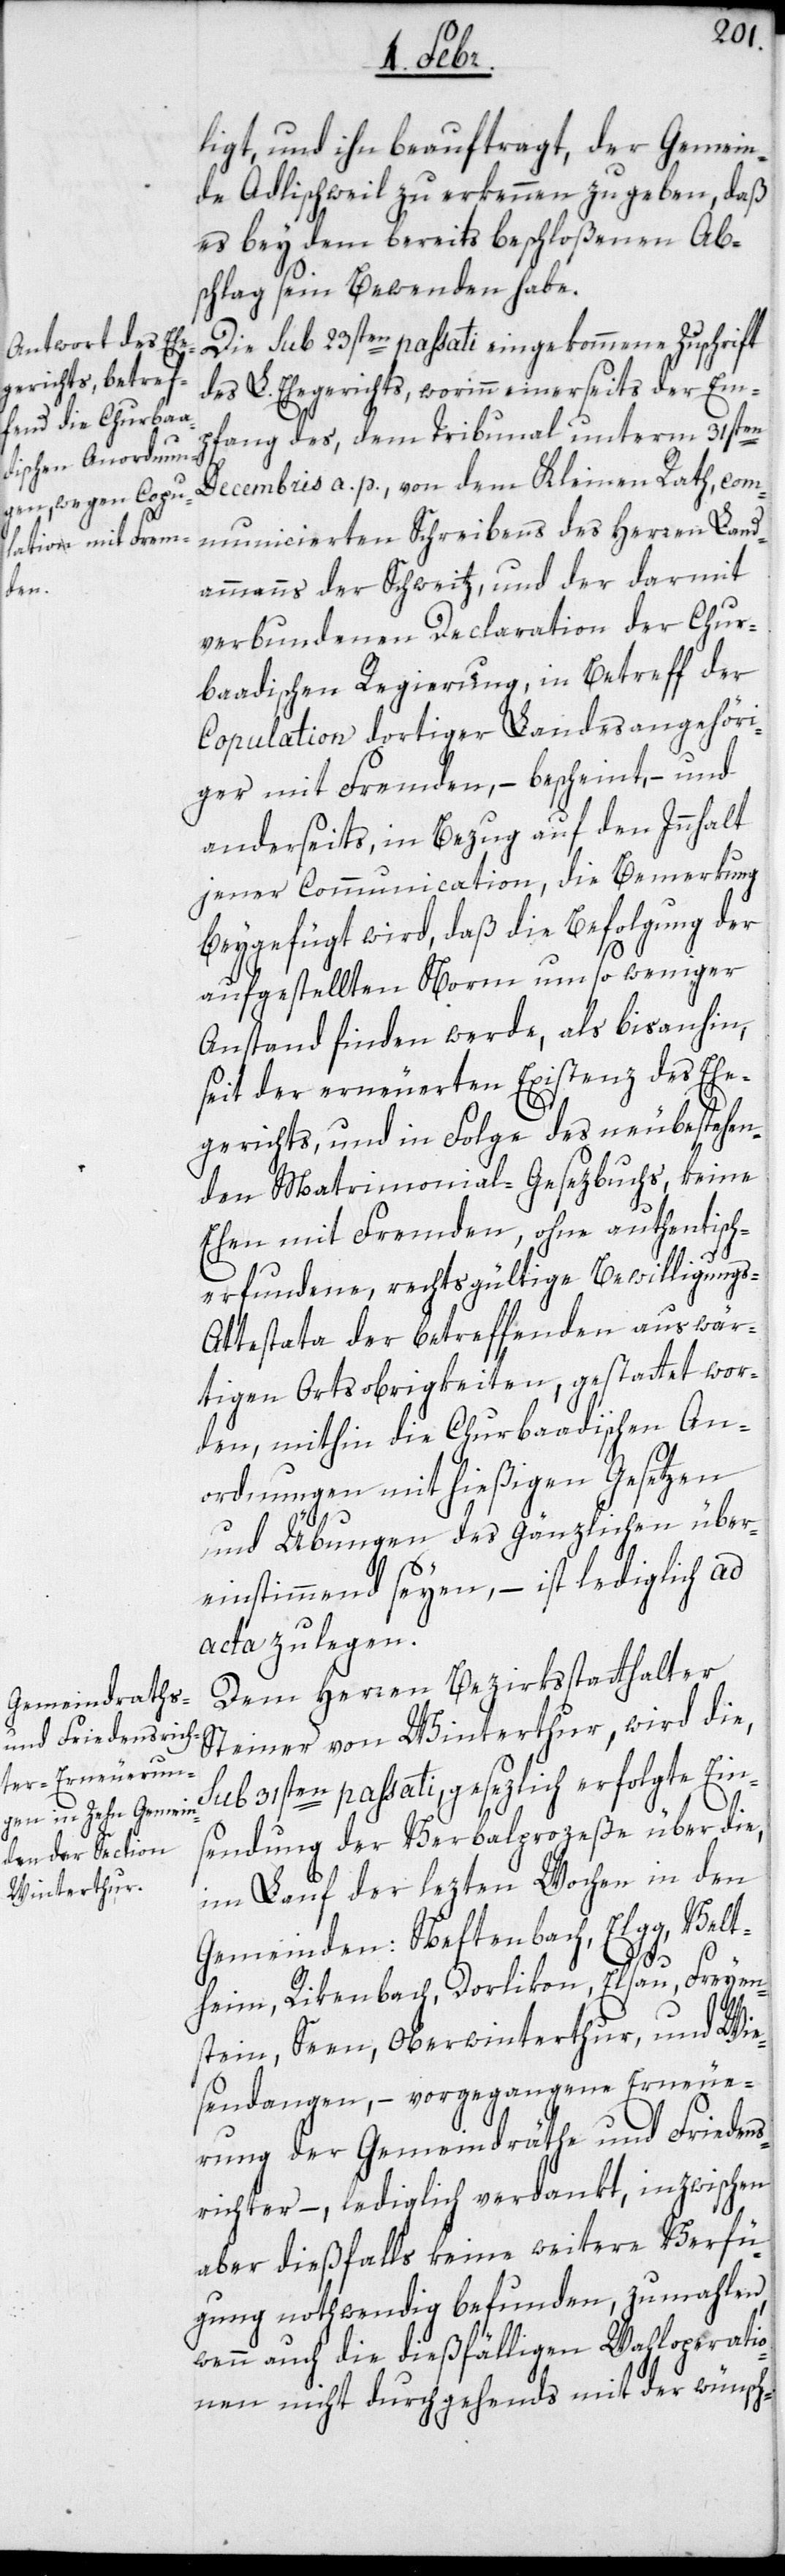
ligt, und ihn beauftragt, der Gemein¬
de Adlischweil zu erkennen zu geben, daß
es bey dem bereits beschloßenen Ab¬
schlag sein Bewenden habe.
Die sub 23sten passati eingekommene Zuschrift
des L. Ehegerichts, worinn einerseits der Em¬
pfang des, dem Tribunal unterm 31sten
Decembris a. p., von dem Kleinen Rath, com¬
municierten Schreibens des Herren Land¬
ammanns der Schweitz, und der darmit
verbundenen Declaration der Chur¬
badischen Regierung, in Betreff der
Copulation dortiger Landesangehöri¬
ger mit Fremden, – bescheint, und
anderseits in Bezug auf den Innhalt
jener Communication, die Bemerkung
beygefügt wird, daß die Befolgung der
aufgestellten Norm um so weniger
Anstand finden werde, als bisanhin,
seit der erneuerten Existenz des Ehe¬
gerichts, und in Folge des neubestehen¬
den Matrimonial-Gesezbuchs, keine
Ehen mit Fremden ohne authentisch
erfundene, rechtsgültige Bewilligung¬
s-Attestata der betreffenden auswär¬
tigen Ortsobrigkeiten, gestattet wor¬
den, mithin die Churbaadischen An¬
ordnungen mit hießigen Gesetzen
und Übungen des Gänzlichen über¬
einstimmend seyen, – ist lediglich ad
acta zu legen.
Dem Herren Bezirksstatthalter
Steiner von Winterthur, wird die,
sub 31sten passati, gesezlich erfolgte Ein¬
sendung der Verbalproceße über die,
im Lauf der lezten Wochen in den
Gemeinden: Neftenbach, Elgg, Velt¬
heim, Rikenbach, Dorlikon, Elsau, Freyen¬
stein, Seen, Oberwinterthur und Wie¬
sendangen, – vorgegangene Erneue¬
rung der Gemeindräthe und Frieden¬
srichter, – lediglich verdankt, inzwischen
aber dießfalls keine weitere Verfü¬
gung nothwendig befunden, zumahlen
wenn auch die dießfälligen Wahloperatio¬
nen nicht durchgehends mit der wünsch-